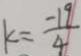
k = \frac { - 1 9 } { 4 }